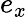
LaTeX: e_{x}